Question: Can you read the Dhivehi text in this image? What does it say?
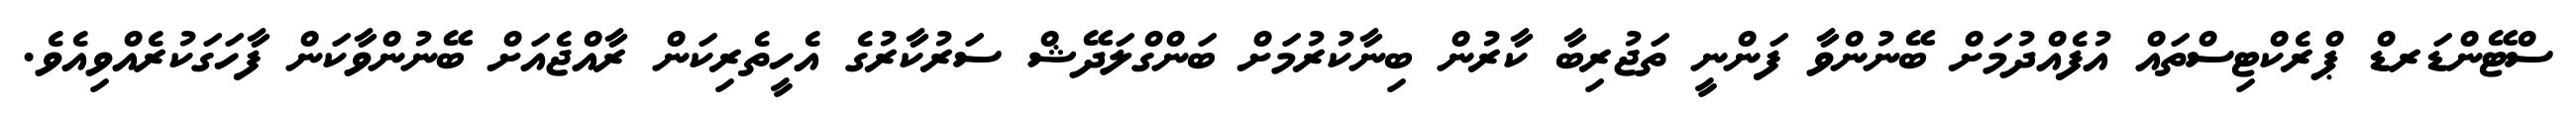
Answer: ސްޓޭންޑަރޑް ޕްރެކްޓިސްތައް އުފެއްދުމަށް ބޭނުންވާ ފަންނީ ތަޖުރިބާ ކާރުން ބިނާކުރުމަށް ބަންގްލަދޭޝް ސަރުކާރުގެ އެހީތެރިކަން ރާއްޖެއަށް ބޭނުންވާކަން ފާހަގަކުރެއްވިއެވެ.